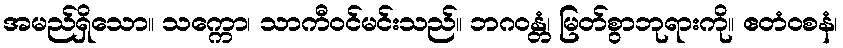
အမည်ရှိသော။ သက္ကော၊ သာကီဝင်မင်းသည်။ ဘဂဝန္တံ၊ မြတ်စွာဘုရားကို။ ဧတံဝစနံ၊